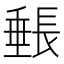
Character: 𬼓